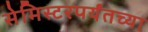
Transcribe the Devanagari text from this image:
सेमिस्टरपर्यंतच्या